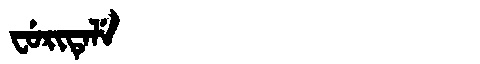
Manchu: ᠸᡠᡵᡳᡨᡝᠯᡝ
Romanization: FURITELE